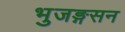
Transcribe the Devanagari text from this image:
भुजङ्गसन